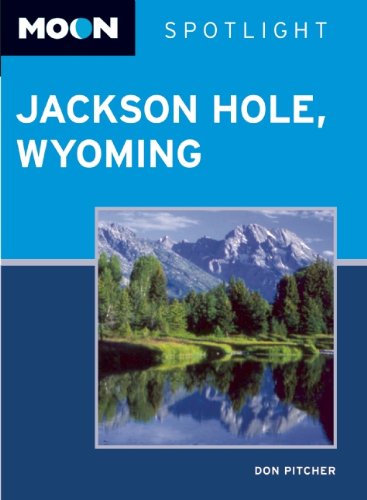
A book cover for Moon Spotlight Jackson Hole, Wyoming; Don Pitcher; Travel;